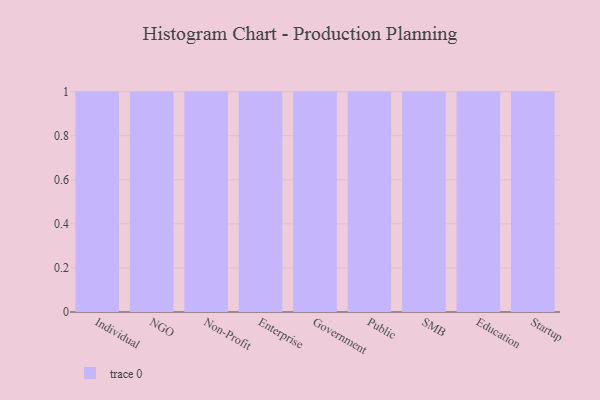
{"axis": {"x": "Segment", "y": "LTV (USD)"}, "legend": [""], "data": [{"x": "Individual", "y": 34, "type": ""}, {"x": "NGO", "y": 5, "type": ""}, {"x": "Non-Profit", "y": 98, "type": ""}, {"x": "Enterprise", "y": 70, "type": ""}, {"x": "Government", "y": 82, "type": ""}, {"x": "Public", "y": 72, "type": ""}, {"x": "SMB", "y": 22, "type": ""}, {"x": "Education", "y": 68, "type": ""}, {"x": "Startup", "y": 27, "type": ""}]}